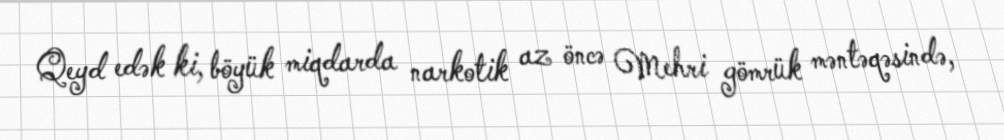
Qeyd edək ki, böyük miqdarda narkotik az öncə Mehri gömrük məntəqəsində,